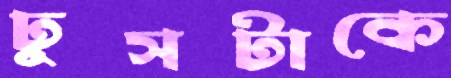
ঢুসটাকে